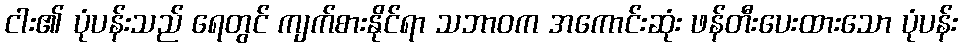
ငါး၏ ပုံပန်းသည် ရေတွင် ကျက်စားနိုင်ရာ သဘာဝက အကောင်းဆုံး ဖန်တီးပေးထားသော ပုံပန်း